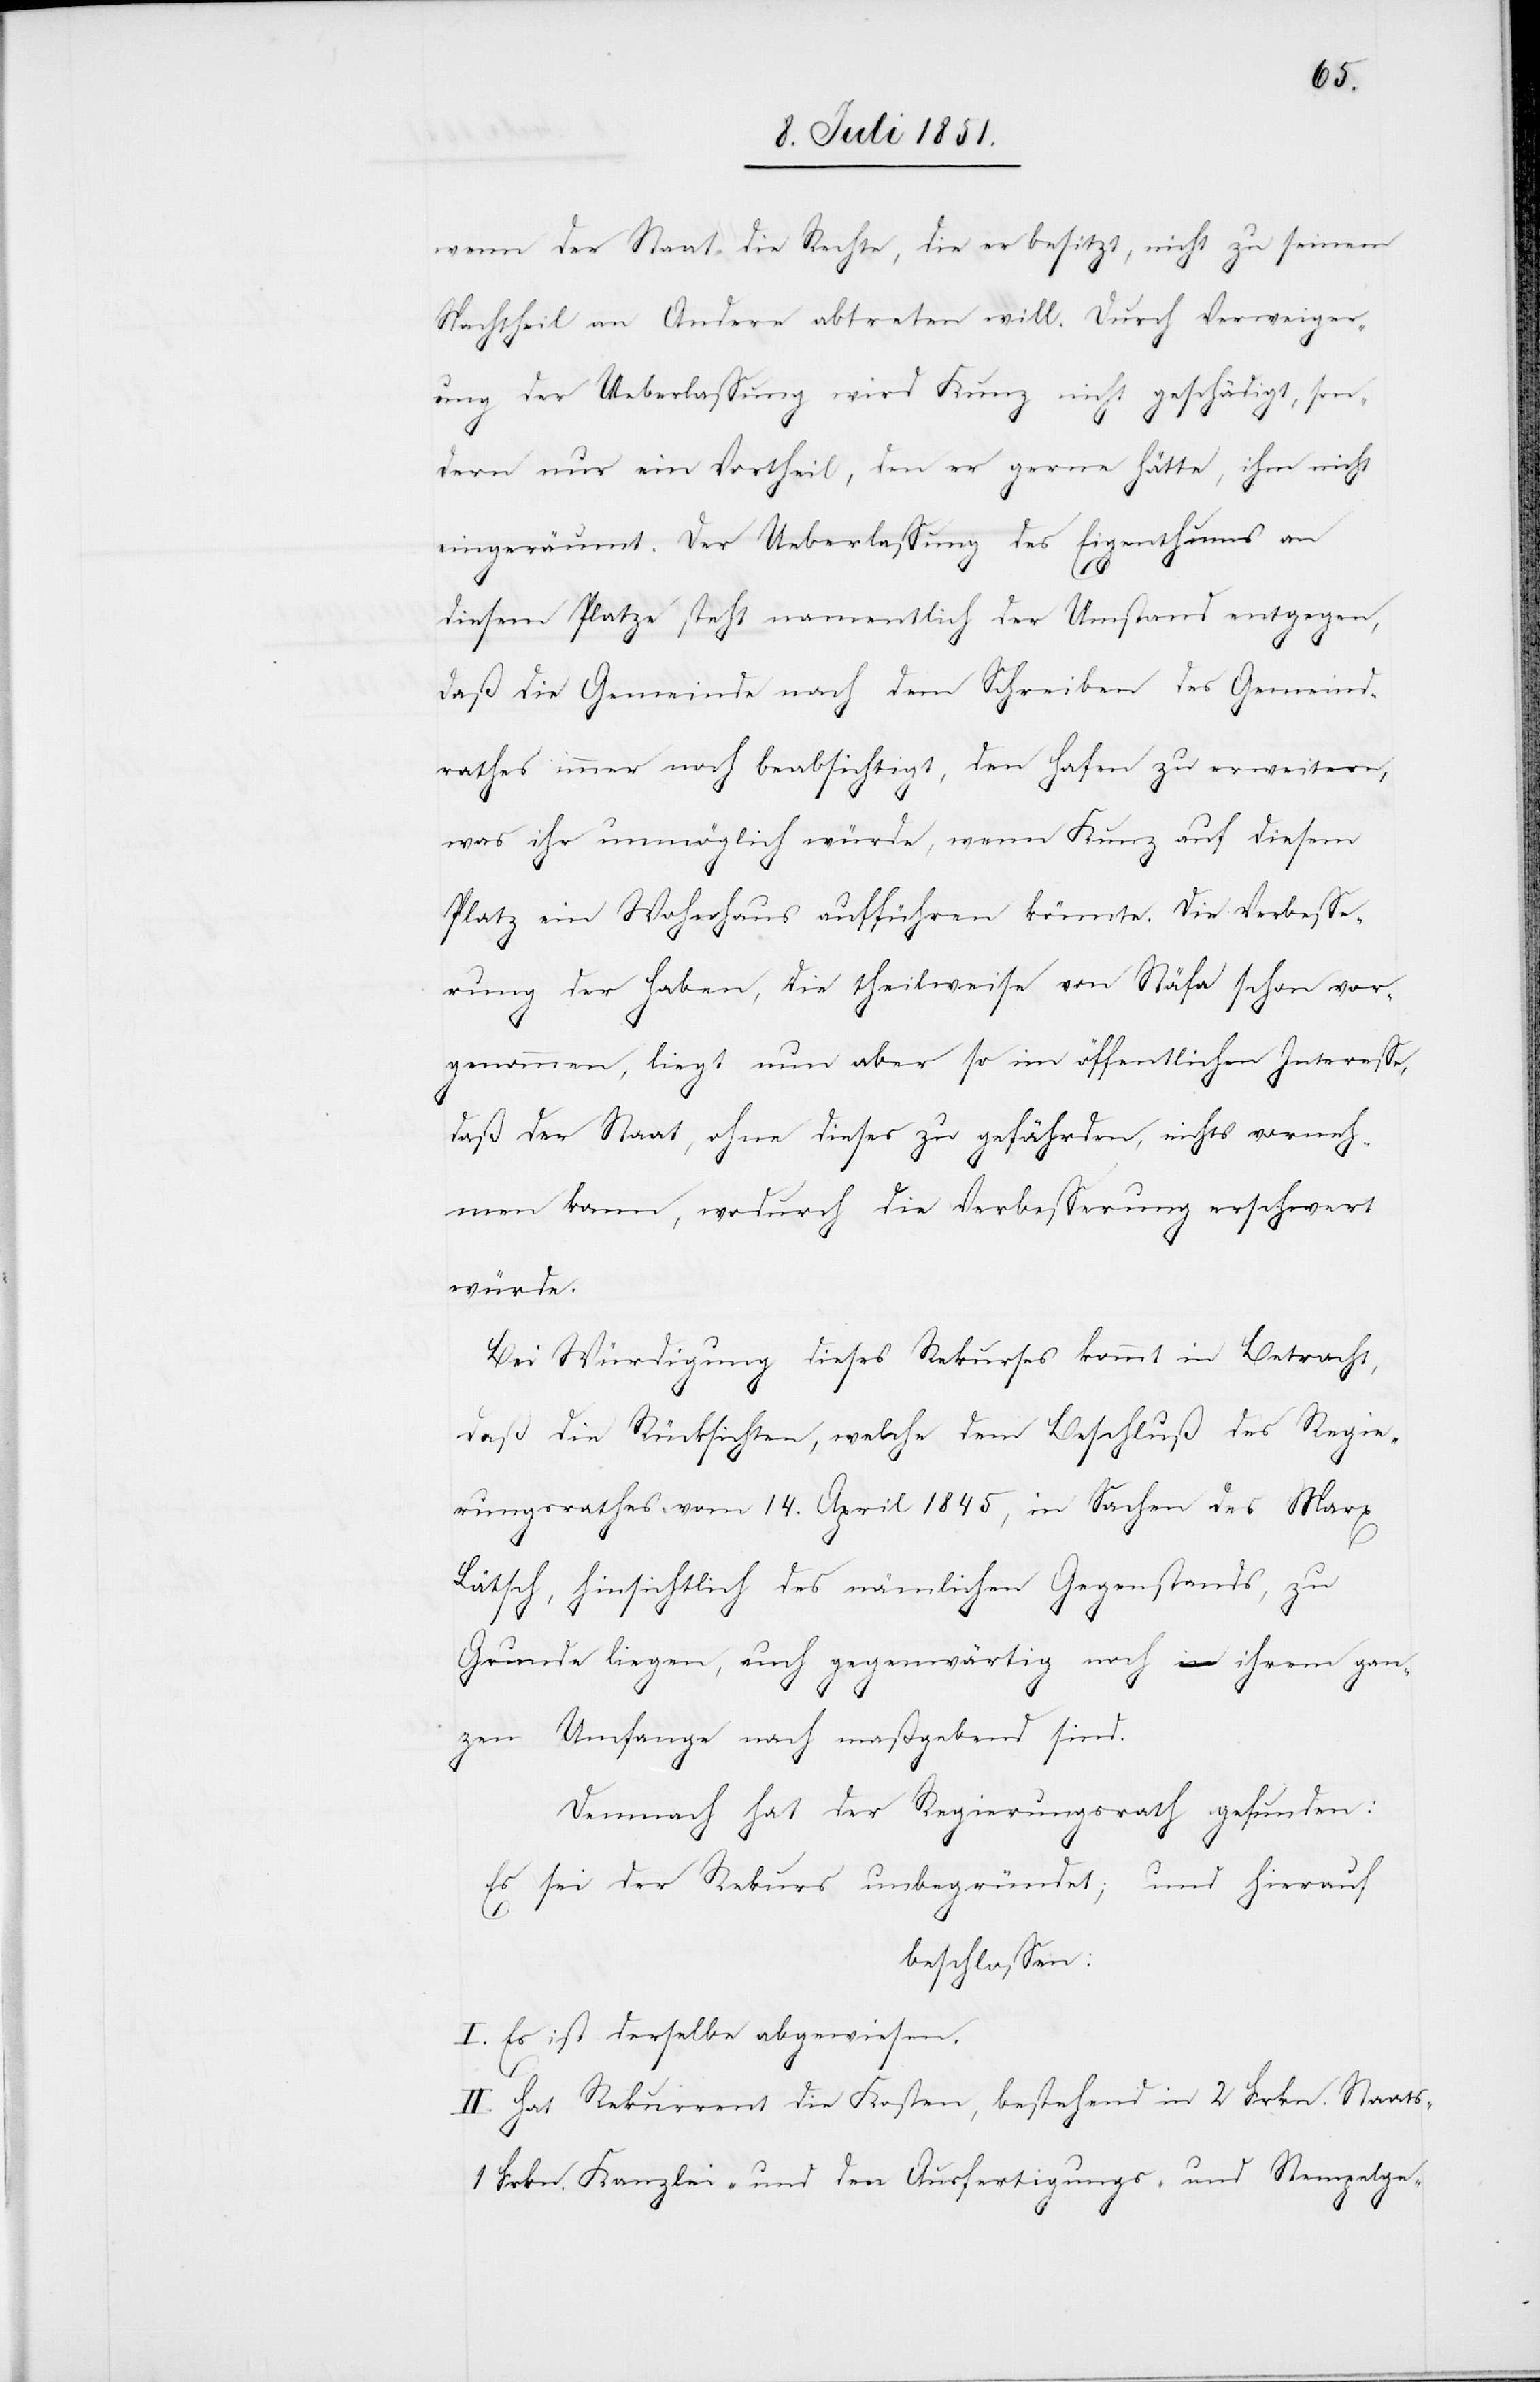
wenn der Staat die Rechte, die er besitzt, nicht zu seinem
Nachtheil an Andere abtreten will. Durch Verweiger¬
ung der Ueberlassung wird Kunz nicht geschädigt, son¬
dern nur ein Vortheil, den er gerne hätte, ihm nicht
eingeräumt. Der Ueberlassung des Eigenthums an
diesem Platze steht namentlich der Umstand entgegen,
daß die Gemeinde nach dem Schreiben des Gemeind¬
rathes immer noch beabsichtigt, den Hafen zu erweitern,
was ihr unmöglich würde, wenn Kunz auf diesem
Platz ein Wohnhaus aufführen könnte. Die Verbesse¬
rung der Haben, die theilweise von Stäfa schon vor¬
genommen, liegt nun aber so im öffentlichen Interesse,
daß der Staat, ohne dieses zu gefährden, nichts vorneh¬
men kann, wodurch die Verbesserung erschwert
würde.
Bei Würdigung dieses Rekurses kommt in Betracht,
daß die Rücksichten, welche dem Beschluß des Regie¬
rungsrathes vom 14. April 1845, in Sachen des Marx
Lätsch, hinsichtlich des nämlichen Gegenstands, zu
Grunde liegen, auch gegenwärtig noch ihrem gan¬
zen Umfange nach maßgebend sind.
Demnach hat der Regierungsrath gefunden:
Es sei der Rekurs unbegründet; und hierauf
beschlossen:
I. Es ist derselbe abgewiesen.
II. Hat Rekurrent die Kosten, bestehend in 2 Frkn. Staats-[,]
1 Frkn. Kanzlei- und den Ausfertigungs- und Stempelge-